Report of the Indian Hemp Drugs Commission, 1894-1895 - Volume I
Year: 1894
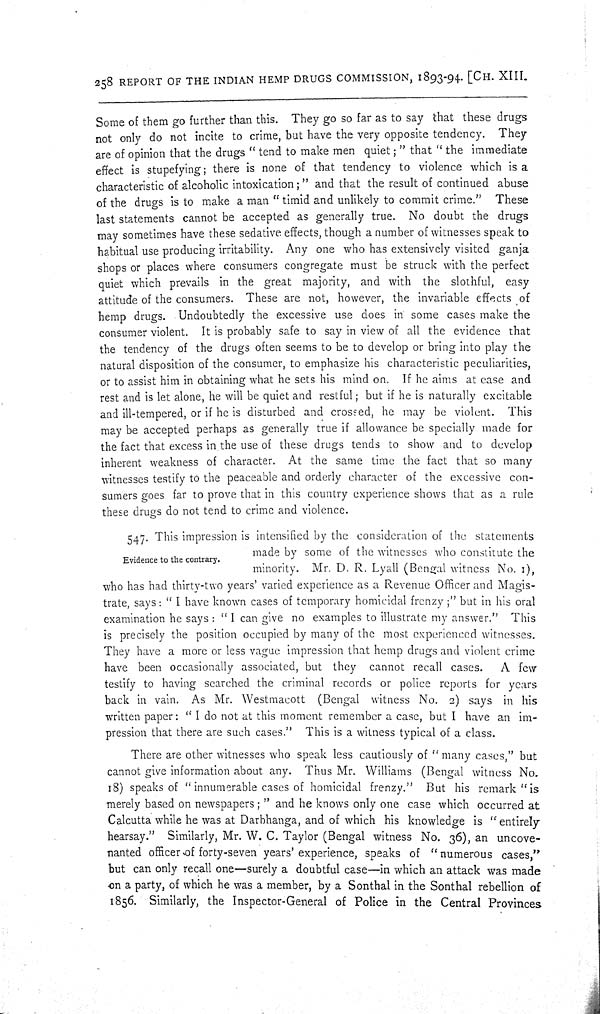
258 REPORT OF THE INDIAN HEMP DRUGS COMMISSION, 1893-94. [CH. XIII.
Some of them go further than this. They go so far as to say that these drugs
not only do not incite to crime, but have the very opposite tendency. They
are of opinion that the drugs "tend to make men quiet;" that "the immediate
effect is stupefying; there is none of that tendency to violence which is a
characteristic of alcoholic intoxication;" and that the result of continued abuse
of the drugs is to make a man "timid and unlikely to commit crime." These
last statements cannot be accepted as generally true. No doubt the drugs
may sometimes have these sedative effects, though a number of witnesses speak to
habitual use producing irritability. Any one who has extensively visited ganja
shops or places where consumers congregate must be struck with the perfect
quiet which prevails in the great majority, and with the slothful, easy
attitude of the consumers. These are not, however, the invariable effects of
hemp drugs. Undoubtedly the excessive use does in some cases make the
consumer violent. It is probably safe to say in view of all the evidence that
the tendency of the drugs often seems to be to develop or bring into play the
natural disposition of the consumer, to emphasize his characteristic peculiarities,
or to assist him in obtaining what he sets his mind on. If he aims at ease and
rest and is let alone, he will be quiet and restful; but if he is naturally excitable
and ill-tempered, or if he is disturbed and crossed, he may be violent. This
may be accepted perhaps as generally true if allowance be specially made for
the fact that excess in the use of these drugs tends to show and to develop
inherent weakness of character. At the same time the fact that so many
witnesses testify to the peaceable and orderly character of the excessive con-
sumers goes far to prove that in this country experience shows that as a rule
these drugs do not tend to crime and violence.
Evidence to the contrary.
547. This impression is intensified by the consideration of the statements
made by some of the witnesses who constitute the
minority. Mr. D. R. Lyall (Bengal witness No. 1),
who has had thirty-two years' varied experience as a Revenue Officer and Magis-
trate, says: "I have known cases of temporary homicidal frenzy;" but in his oral
examination he says: "I can give no examples to illustrate my answer." This
is precisely the position occupied by many of the most experienced witnesses.
They have a more or less vague impression that hemp drugs and violent crime
have been occasionally associated, but they cannot recall cases.
A few
testify to having searched the criminal records or police reports for years
back in vain. As Mr. Westmacott (Bengal witness No. 2) says in his
written paper: "I do not at this moment remember a case, but I have an im-
pression that there are such cases." This is a witness typical of a class.
There are other witnesses who speak less cautiously of "many cases," but
cannot give information about any. Thus Mr. Williams (Bengal witness No.
18) speaks of "innumerable cases of homicidal frenzy." But his remark "is
merely based on newspapers;" and he knows only one case which occurred at
Calcutta while he was at Darbhanga, and of which his knowledge is "entirely
hearsay." Similarly, Mr. W. C. Taylor (Bengal witness No. 36), an uncove-
nanted officer of forty-seven years' experience, speaks of "numerous cases,"
but can only recall one—surely a doubtful case—in which an attack was made
on a party, of which he was a member, by a Sonthal in the Sonthal rebellion of
1856. Similarly, the Inspector-General of Police in the Central Provinces